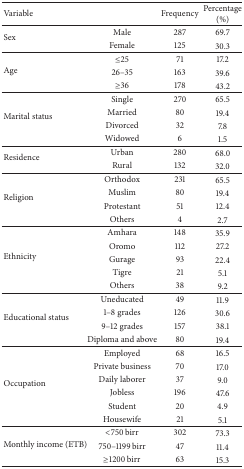
<table><thead><tr><td><b> Variable </b></td><td><b> </b></td><td><b>Frequency </b></td><td><b>Percentage (%)</b></td></tr></thead><tbody><tr><td rowspan="2">Sex </td><td>Male</td><td>287</td><td>69.7</td></tr><tr><td>Female</td><td>125</td><td>30.3</td></tr><tr><td rowspan="3">Age </td><td>≤25</td><td>71</td><td>17.2</td></tr><tr><td>26–35</td><td>163</td><td>39.6</td></tr><tr><td>≥36</td><td>178</td><td>43.2</td></tr><tr><td rowspan="4">Marital status </td><td>Single</td><td>270</td><td>65.5</td></tr><tr><td>Married</td><td>80</td><td>19.4</td></tr><tr><td>Divorced</td><td>32</td><td>7.8</td></tr><tr><td>Widowed</td><td>6</td><td>1.5</td></tr><tr><td rowspan="2">Residence </td><td>Urban</td><td>280</td><td>68.0</td></tr><tr><td>Rural</td><td>132</td><td>32.0</td></tr><tr><td rowspan="4">Religion </td><td>Orthodox</td><td>231</td><td>65.5</td></tr><tr><td>Muslim</td><td>80</td><td>19.4</td></tr><tr><td>Protestant</td><td>51</td><td>12.4</td></tr><tr><td>Others </td><td>4</td><td>2.7</td></tr><tr><td rowspan="5">Ethnicity </td><td>Amhara </td><td>148</td><td>35.9</td></tr><tr><td>Oromo</td><td>112</td><td>27.2</td></tr><tr><td>Gurage</td><td>93</td><td>22.4</td></tr><tr><td>Tigre</td><td>21</td><td>5.1</td></tr><tr><td>Others</td><td>38</td><td>9.2</td></tr><tr><td rowspan="4">Educational status </td><td>Uneducated </td><td>49</td><td>11.9</td></tr><tr><td>1–8 grades</td><td>126</td><td>30.6</td></tr><tr><td>9–12 grades </td><td>157</td><td>38.1</td></tr><tr><td>Diploma and above </td><td>80</td><td>19.4</td></tr><tr><td rowspan="6">Occupation</td><td>Employed</td><td>68</td><td>16.5</td></tr><tr><td>Private business</td><td>70</td><td>17.0</td></tr><tr><td>Daily laborer</td><td>37</td><td>9.0</td></tr><tr><td>Jobless</td><td>196</td><td>47.6</td></tr><tr><td>Student</td><td>20</td><td>4.9</td></tr><tr><td>Housewife</td><td>21</td><td>5.1</td></tr><tr><td rowspan="3">Monthly income (ETB)</td><td>&lt;750 birr</td><td>302</td><td>73.3</td></tr><tr><td>750–1199 birr</td><td>47</td><td>11.4</td></tr><tr><td>≥1200 birr</td><td>63</td><td>15.3</td></tr></tbody></table>